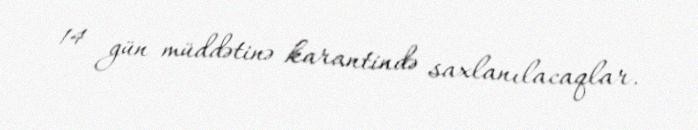
14 gün müddətinə karantində saxlanılacaqlar.